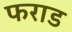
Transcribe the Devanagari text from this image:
फराड